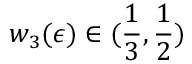
w _ { 3 } ( \epsilon ) \in ( \frac { 1 } { 3 } , \frac { 1 } { 2 } )